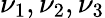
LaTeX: \nu_{1},\nu_{2},\nu_{3}